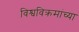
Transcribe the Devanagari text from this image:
विश्वविक्रमांच्या